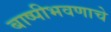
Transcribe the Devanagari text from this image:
बाष्पीभवणाचे